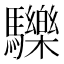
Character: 𩧂